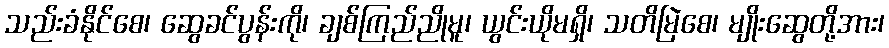
သည်းခံနိုင်စေ၊ ဆွေခင်ပွန်းကို၊ ချစ်ကြည်ညိုမူ၊ ယွင်းယိုမရှိ၊ သတိမြဲစေ၊ မျိုးဆွေတို့အား၊